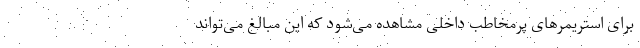
برای استریمرهای پرمخاطب داخلی مشاهده می‌شود که این مبالغ می‌تواند